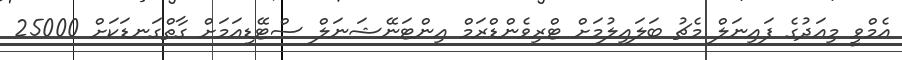
އެމްވީ މިއަދުގެ ފައިނަލް މެޗު ބަލައިލުމަށް ޓްރިވެންޑްރަމް އިންޓަނޭޝަނަލް ސްޓޭޑިއަމަށް ގާތްގަނޑަކަށް 25000